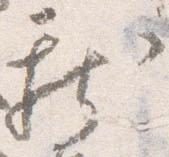
新